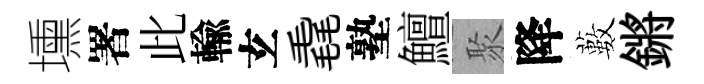
壎署此輸𤣥毳塾鱣聚降藪鏘